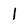
Character: 1